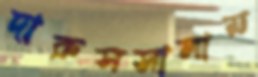
দারুসসালাম